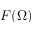
F ( \Omega )